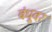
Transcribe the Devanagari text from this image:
बंधूवर